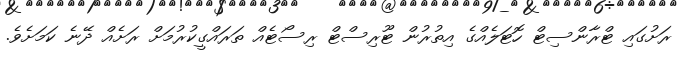
ރަށުގައި ޓްރާންސިޓް ހޮޓަލެއްގެ އިތުރުން ޓޫރިސްޓް ރިސޯޓެއް ތަރައްގީކުރުމަށް ރަށެއް ދޭނެ ކަމަށެވެ.